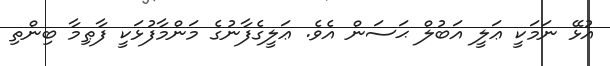
އުޅޭ ނަމަކީ ޢަލީ އަބުލް ޙަސަން އެވެ. ޢަލީގެފާނުގެ މަންމާފުޅަކީ ފާޠިމާ ބިންތި